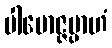
ပါမောဇ္ဇမ္ပာဟံ